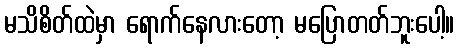
မသိစိတ်ထဲမှာ ရောက်နေလားတော့ မပြောတတ်ဘူးပေါ့။